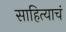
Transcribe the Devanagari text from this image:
साहित्याचं